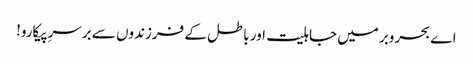
اے بحروبر میں جاہلیت اور باطل کے فرزندوں سے برسرِپیکارو!